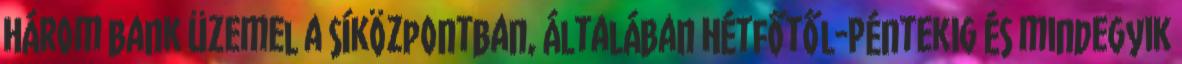
Három bank üzemel a síközpontban, általában Hétfőtől-Péntekig és mindegyik